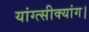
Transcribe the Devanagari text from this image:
यांग्त्सीक्यांग।